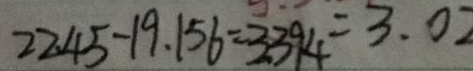
2 2 . 4 5 - 1 9 . 1 5 6 = 3 . 3 9 4 = 3 . 0 2